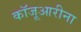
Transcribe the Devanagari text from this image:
कॉजूआरीना